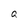
Character: a